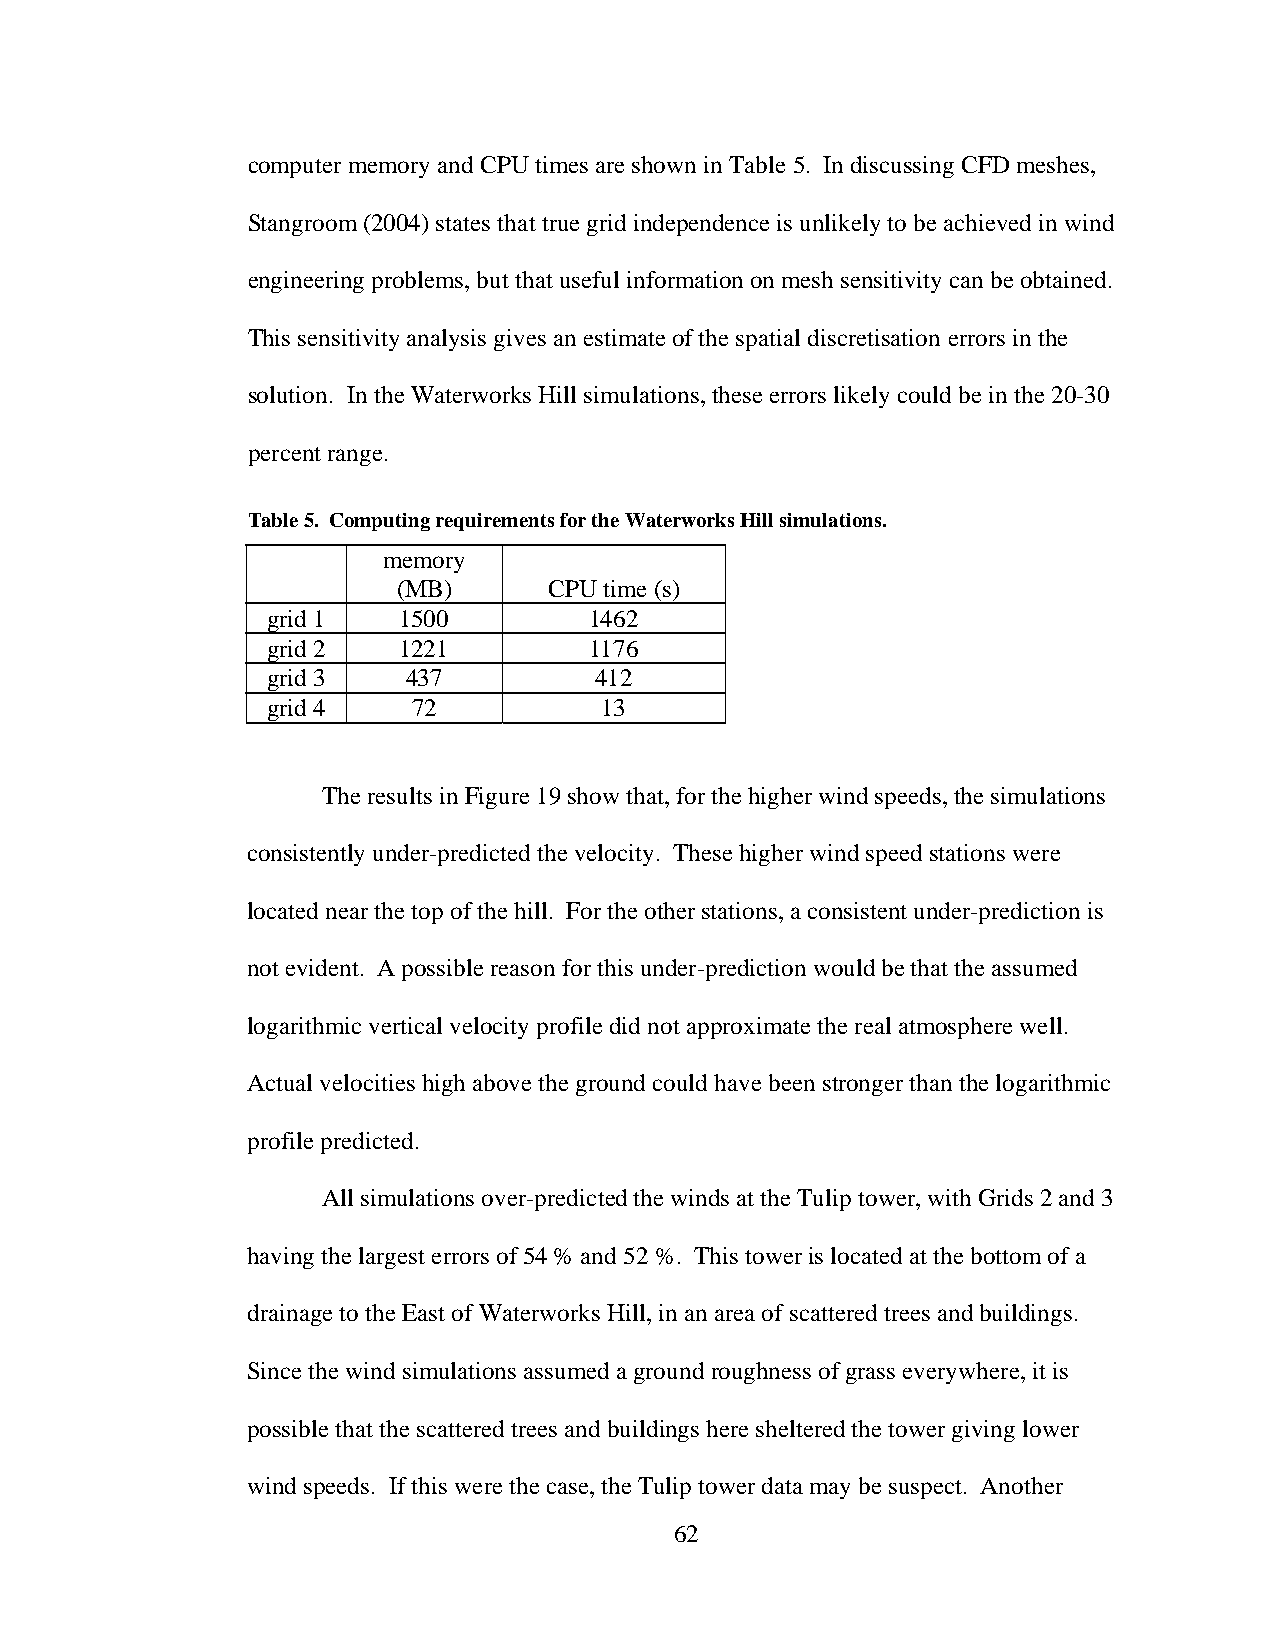
computer memory and CPU times are shown in Table 5. In discussing CFD meshes,
 Stangroom (2004) states that true grid independence is unlikely to be achieved in wind
 engineering problems, but that useful information on mesh sensitivity can be obtained.
 This sensitivity analysis gives an estimate of the spatial discretisation errors in the
 solution. In the Waterworks Hill simulations, these errors likely could be in the 20-30
 percent range.
 Table 5. Computing requirements for the Waterworks Hill simulations.
 memory
 (MB)      CPU time (s)
 grid 1  1500         1462
 grid 2  1221         1176
 grid 3   437         412
 grid 4   72           13
 The results in Figure 19 show that, for the higher wind speeds, the simulations
 consistently under-predicted the velocity. These higher wind speed stations were
 located near the top of the hill. For the other stations, a consistent under-prediction is
 not evident. A possible reason for this under-prediction would be that the assumed
 logarithmic vertical velocity profile did not approximate the real atmosphere well.
 Actual velocities high above the ground could have been stronger than the logarithmic
 profile predicted.
 All simulations over-predicted the winds at the Tulip tower, with Grids 2 and 3
 having the largest errors of 54 % and 52 %. This tower is located at the bottom of a
 drainage to the East of Waterworks Hill, in an area of scattered trees and buildings.
 Since the wind simulations assumed a ground roughness of grass everywhere, it is
 possible that the scattered trees and buildings here sheltered the tower giving lower
 wind speeds. If this were the case, the Tulip tower data may be suspect. Another
 62